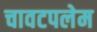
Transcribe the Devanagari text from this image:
चावटपलेम